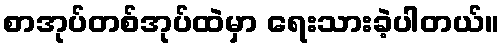
စာအုပ်တစ်အုပ်ထဲမှာ ရေးသားခဲ့ပါတယ်။